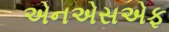
એનએસએફ